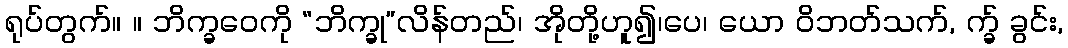
ရုပ်တွက်။ ။ ဘိက္ခဝေကို “ဘိက္ခု”လိန်တည်၊ အိုတို့ဟူ၍၊ပေ၊ ယော ဝိဘတ်သက်, က္ခ် ခွင်း,